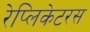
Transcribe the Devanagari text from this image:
रेप्लिकेटरस